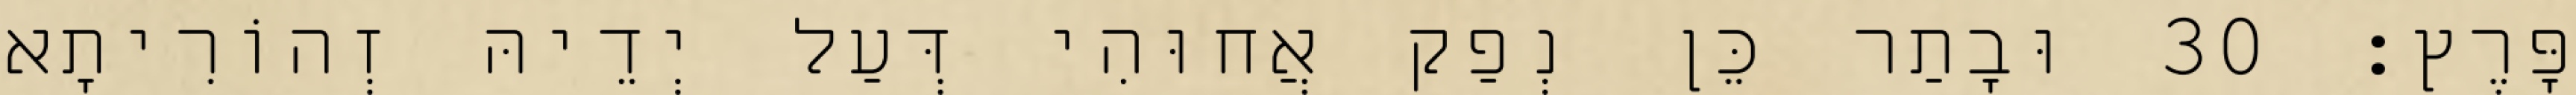
פָּרֶץ׃ 30 וּבָתַר כֵּן נְפַק אֲחוּהִי דְּעַל יְדֵיהּ זְהוֹרִיתָא